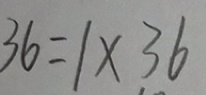
3 6 = 1 \times 3 6